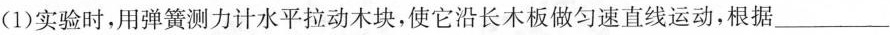
(1)实验时，用弹簧测力计水平拉动木块，使它沿长木板做匀速直线运动，根据___